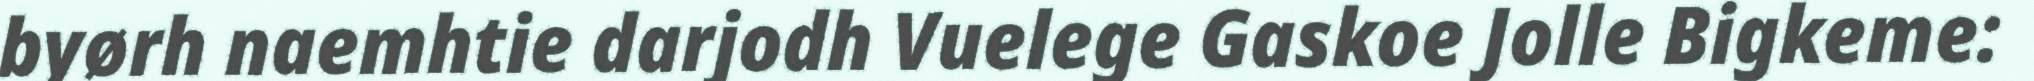
byørh naemhtie darjodh Vuelege Gaskoe Jolle Bigkeme: